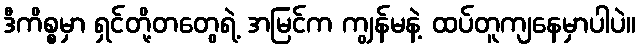
ဒီကိစ္စမှာ ရှင်တို့တတွေရဲ့ အမြင်က ကျွန်မနဲ့ ထပ်တူကျနေမှာပါပဲ။